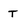
Character: T